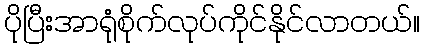
ပိုပြီးအာရုံစိုက်လုပ်ကိုင်နိုင်လာတယ်။